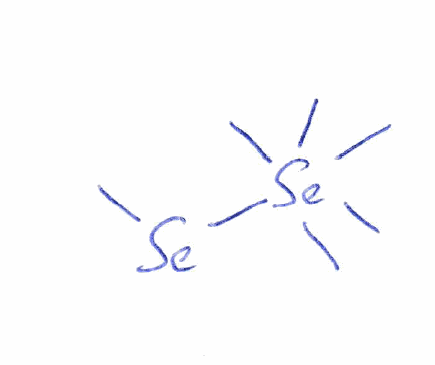
Simplified molecular-input line-entry system (SMILES) notation of the given molecule:
C[Se][Se](C)(C)(C)(C)C